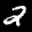
Label: 2